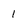
Character: 1